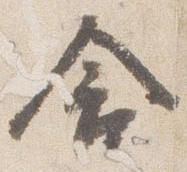
含